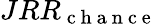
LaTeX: JRR_{\mathrm{~c~h~a~n~c~e~}}